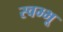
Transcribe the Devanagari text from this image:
स्वम्भू